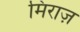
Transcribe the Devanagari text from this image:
मिराज़